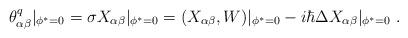
LaTeX: \begin{align*}\theta^q_{\alpha \beta }|_{\phi ^*=0}=\sigma X_{\alpha \beta }|_{\phi^*=0}=(X_{\alpha \beta },W)|_{\phi ^*=0}-i\hbar \Delta X_{\alpha \beta }|_{\phi^*=0}\ .\end{align*}